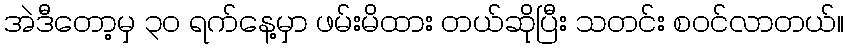
အဲဒီတော့မှ ၃၀ ရက်နေ့မှာ ဖမ်းမိထား တယ်ဆိုပြီး သတင်း စဝင်လာတယ်။